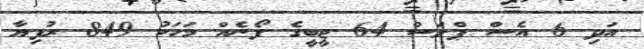
އަދި 6 އެސް ޕްލަސް 64 ޖީބީގެ ފޯނެއް މަހަކު 849 ރުފިޔާ